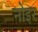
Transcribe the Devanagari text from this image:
नोइर